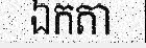
ឯកតា